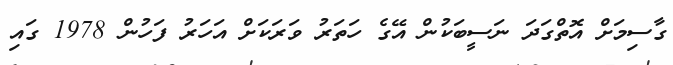
ގާސިމަށް އޮތްގަދަ ނަސީބަކުން އޭގެ ހަތަރު ވަރަކަށް އަހަރު ފަހުން 1978 ގައި